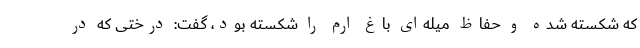
که شکسته شده و حفاظ میله‌ای باغ ارم را شکسته بود، گفت: درختی که در